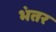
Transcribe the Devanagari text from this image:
भंतर